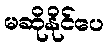
မဆိုနိုင်ပေ